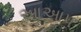
આઆપ